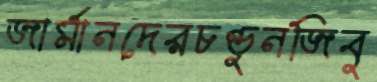
জার্মানদেরচণ্ডুনজিবু